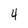
Character: 4